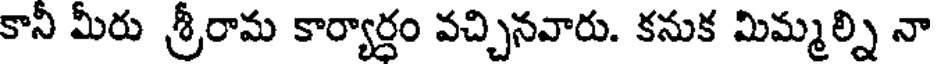
కానీ మీరు శ్రీరామ కార్యార్ధం వచ్చినవారు. కనుక మిమ్మల్ని నా